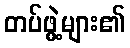
တပ်ဖွဲ့များ၏